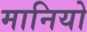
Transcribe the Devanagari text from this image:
मानियो